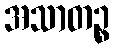
အသာတဉ္စ